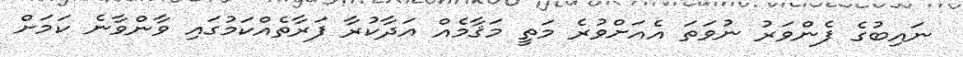
ނައިބުގެ ފެންވަރު ނުވަތަ އެއަށްވުރެ މަތީ މަޤާމެއް އަދާކުރާ ފަރާތެއްކަމުގައި ވާންވާނެ ކަމަށް